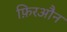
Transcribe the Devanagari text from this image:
फ़िरऔन